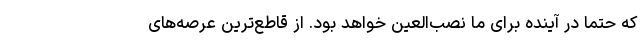
که حتماً در آینده برای ما نصب‌العین خواهد بود. از قاطع‌ترین عرصه‌های